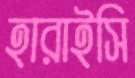
হারাইসি